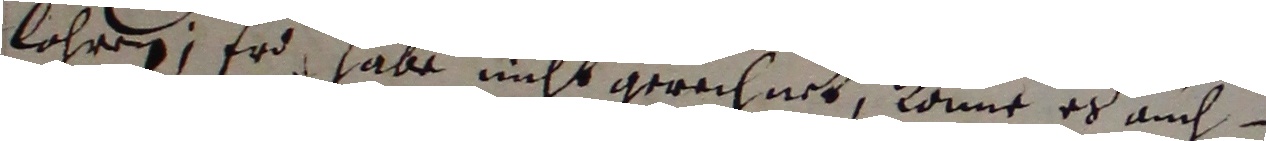
lohren, er habe nicht gerechnet, könne es auch